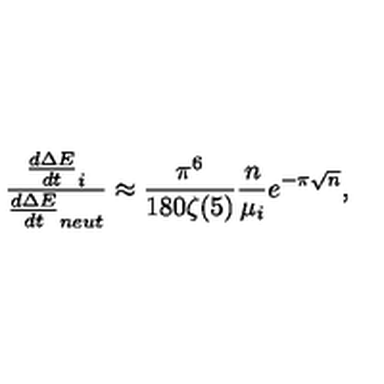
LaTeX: \frac { \frac { d \Delta E } { d t } _ { i } } { \frac { d \Delta E } { d t } _ { n e u t } } \approx \frac { \pi ^ { 6 } } { 1 8 0 \zeta ( 5 ) } \frac { n } { \mu _ { i } } e ^ { - \pi \sqrt { n } } ,